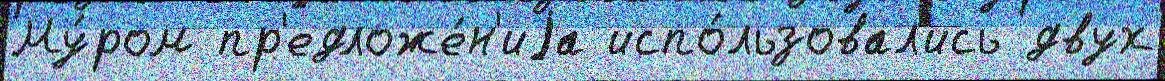
Му́ром пр'едложе́н'иjа испо́льзовал'ись двух